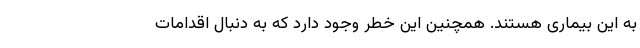
به این بیماری هستند. همچنین این خطر وجود دارد که به دنبال اقدامات